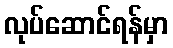
လုပ်ဆောင်ရန်မှာ